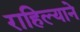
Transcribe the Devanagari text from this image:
राहिल्‍याने